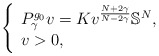
\begin{align*}\left\{\begin{array}{lll}P_\gamma^{g_0} v = K v^{\frac{N + 2\gamma}{N - 2\gamma}}\mathbb{S}^{N},\\v > 0,\end{array}\right.\end{align*}